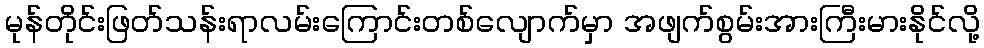
မုန်တိုင်းဖြတ်သန်းရာလမ်းကြောင်းတစ်လျောက်မှာ အဖျက်စွမ်းအားကြီးမားနိုင်လို့